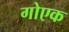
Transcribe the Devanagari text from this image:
गोएक